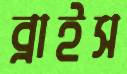
ব্রাইস